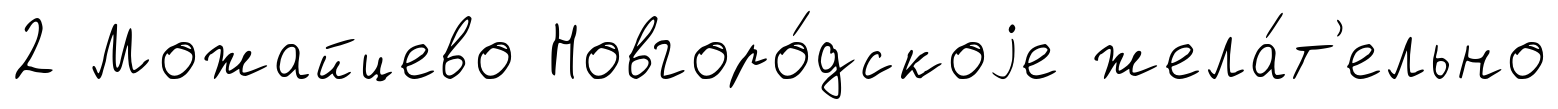
2 Можайцево Новгоро́дскоjе жела́т'ельно